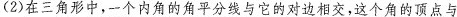
(2)在三角形中，一个内角的角平分线与它的对边相交，这个角的顶点与